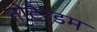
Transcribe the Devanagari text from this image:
तोटेरडम